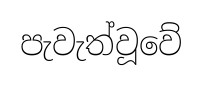
පැවැත්වූවේ